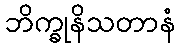
ဘိက္ခုနိသတာနံ